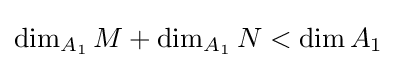
\dim _{A_{1}}M+\dim _{A_{1}}N<\dim A_{1}